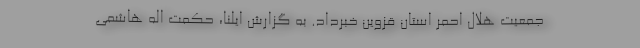
جمعیت هلال احمر استان قزوین خبرداد. به گزارش ایلنا، حکمت اله هاشمی